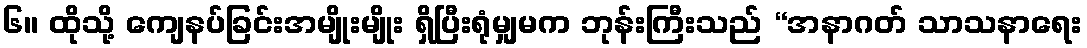
၆။ ထိုသို့ ကျေနပ်ခြင်းအမျိုးမျိုး ရှိပြီးရုံမျှမက ဘုန်းကြီးသည် “အနာဂတ် သာသနာရေး